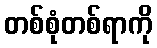
တစ်စုံတစ်ရာကို